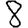
Digit: 8